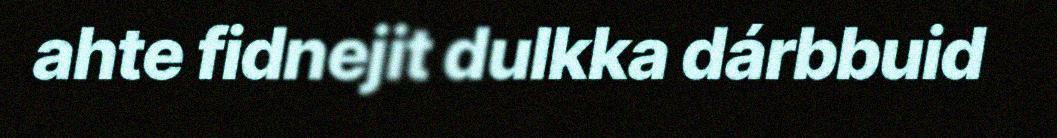
ahte fidnejit dulkka dárbbuid